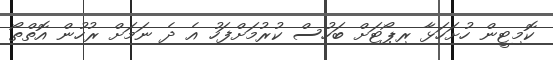
ކޮމިޓީން ހުށަހަޅާ ރިޕޯޓަށް ބަހުސް ކުރުމަށްފަހު އެ ދެ ނަމަށް ރުހުން އޮތްތޯ